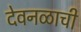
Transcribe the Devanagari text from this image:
देवनळाची